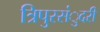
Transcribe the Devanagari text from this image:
त्रिपुरसंुदरी